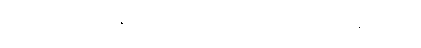
အမည်ကို မီးန်မာဟု စကားလုံး ပေါင်းထားသည်။